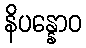
နိပန္နောဝ